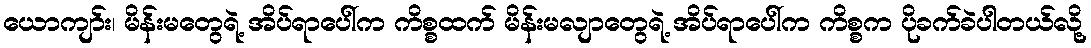
ယောကျာ်း၊ မိန်းမတွေရဲ့ အိပ်ရာပေါ်က ကိစ္စထက် မိန်းမလျာတွေရဲ့ အိပ်ရာပေါ်က ကိစ္စက ပိုခက်ခဲပါတယ်လို့